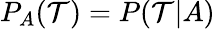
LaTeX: P_{A}({\cal T})=P({\cal T}|A)